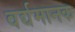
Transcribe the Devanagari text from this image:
वर्द्यमानक